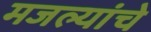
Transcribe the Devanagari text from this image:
मजल्यांचे